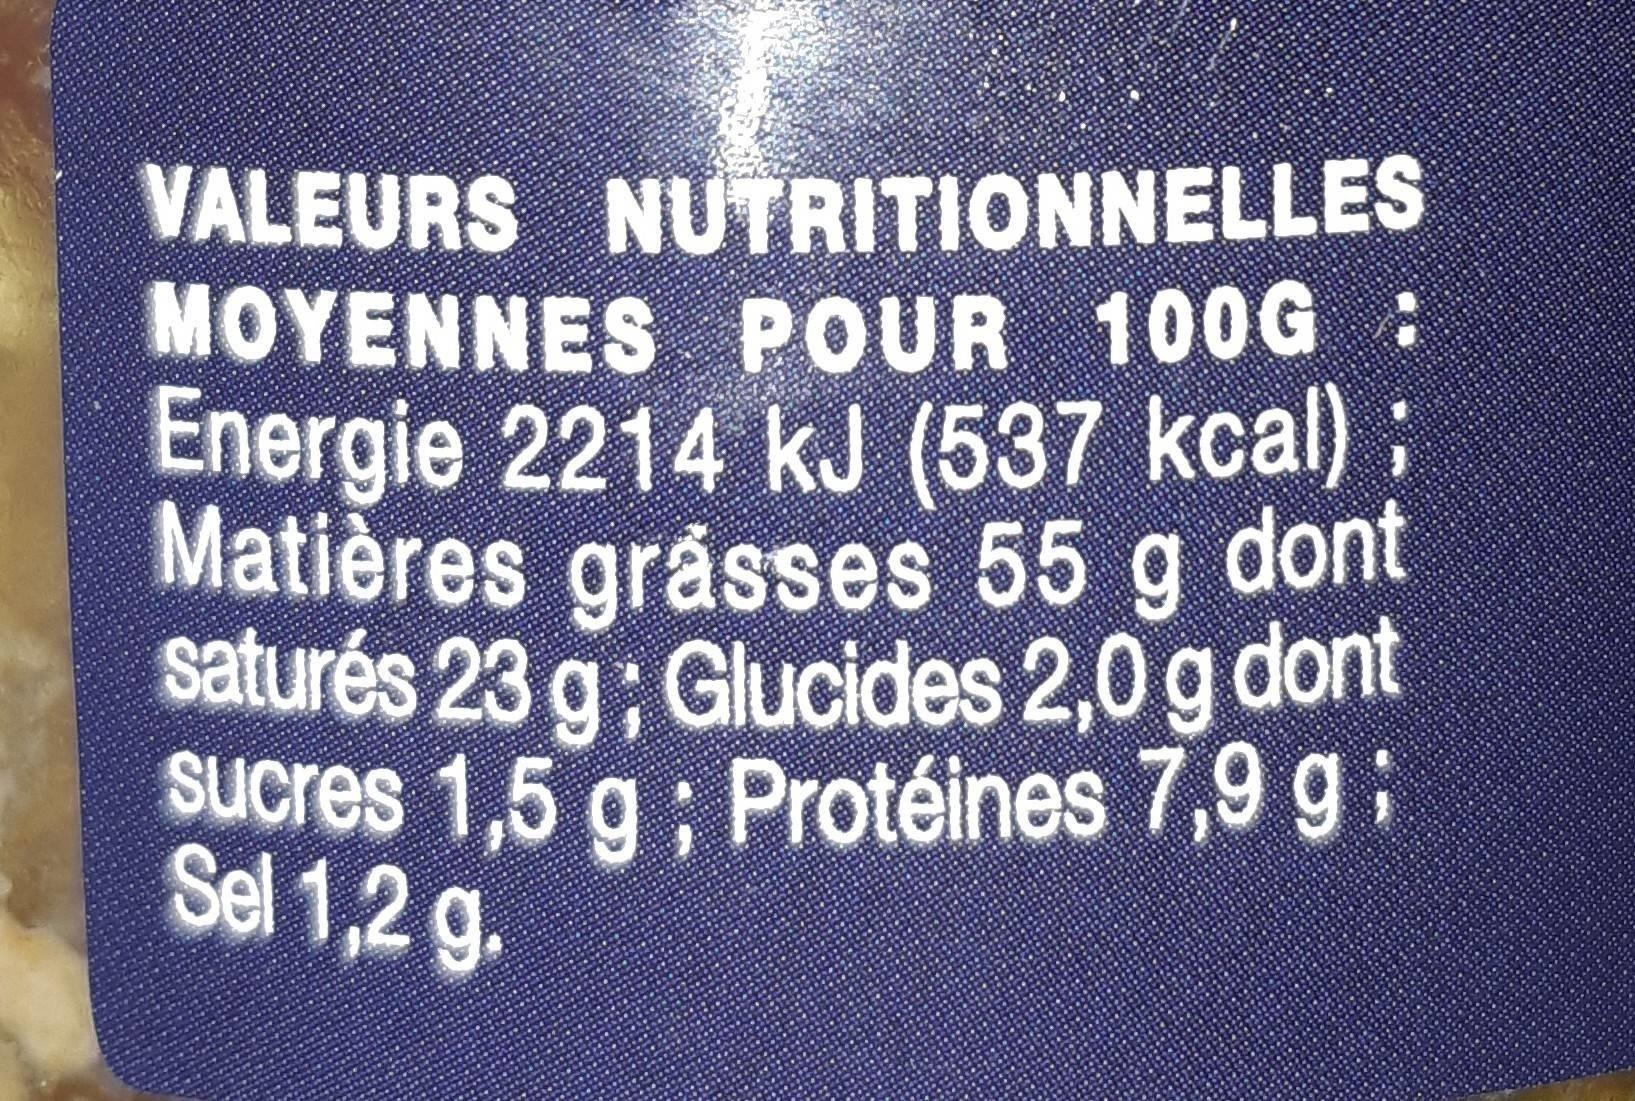
VALEURS NUTRITIONNELLES MOYENNES POUR 100G: Energie 2214 kJ (537 kcal) ; Matières gråsses 55 g dont saturés 23 g; Glucides 2,0 g dont sucres 1,5 g ; Protéines 7,9 g; Sel 1,2 g.